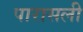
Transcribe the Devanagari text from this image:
पारासली